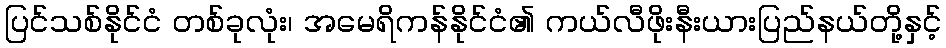
ပြင်သစ်နိုင်ငံ တစ်ခုလုံး၊ အမေရိကန်နိုင်ငံ၏ ကယ်လီဖိုးနီးယားပြည်နယ်တို့နှင့်